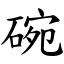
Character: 碗